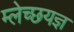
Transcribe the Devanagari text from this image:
म्लेच्छयज्ञ